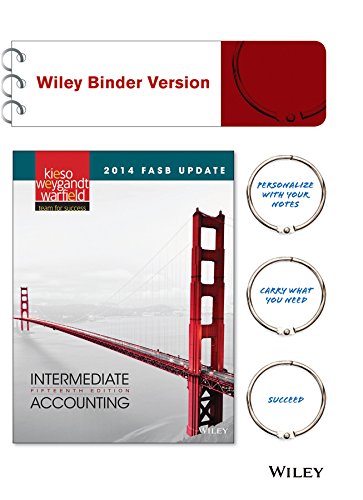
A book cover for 2014 FASB Update Intermediate Accounting 15e Binder Ready Version + WileyPLUS Registration Card; Donald E. Kieso; Business & Money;